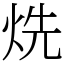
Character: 烍